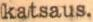
katsaus.